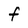
Character: f